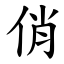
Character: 俏